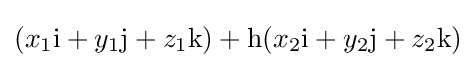
(x_{1}\mathrm {i} +y_{1}\mathrm {j} +z_{1}\mathrm {k} )+\mathrm {h} (x_{2}\mathrm {i} +y_{2}\mathrm {j} +z_{2}\mathrm {k} )